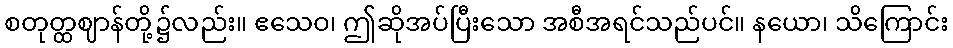
စတုတ္ထဈာန်တို့၌လည်း။ ဧသေဝ၊ ဤဆိုအပ်ပြီးသော အစီအရင်သည်ပင်။ နယော၊ သိကြောင်း